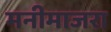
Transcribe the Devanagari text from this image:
मनीमाजरा